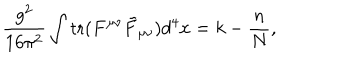
\frac { g ^ { 2 } } { 1 6 \pi ^ { 2 } } \int \mathrm { t r } ( F ^ { \mu \nu } \tilde { F } _ { \mu \nu } ) d ^ { 4 } x = k - \frac { n } { N } ,